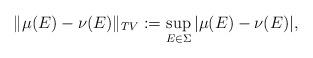
LaTeX: \begin{align*}\|\mu (E) - \nu(E)\|_{TV} := \sup_{E \in \Sigma} |\mu (E) - \nu(E)|,\end{align*}